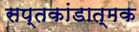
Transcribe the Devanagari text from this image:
सप्तकांडात्मक